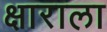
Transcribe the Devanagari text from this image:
क्षाराला